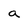
Character: a